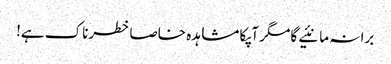
برا نہ مانئیے گا مگر آپکا مشاہدہ خاصا خطرناک ہے!